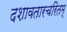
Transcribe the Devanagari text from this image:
दशावतारचरितम्